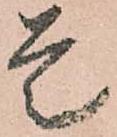
是